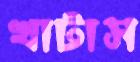
খাটাস